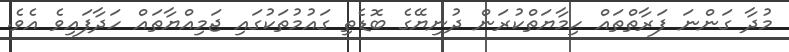
މުދާ ގަންނަ ފަރާތްތައް ހިމާޔަތްކުރަން ދުނިޔޭގެ ބޮޑެތި ގައުމުތަކުގައި ޖަމިއްޔާތައް ހަދާފައިވެ އެވެ.